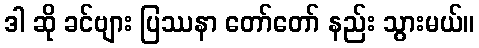
ဒါ ဆို ခင်ဗျား ပြဿနာ တော်တော် နည်း သွားမယ်။